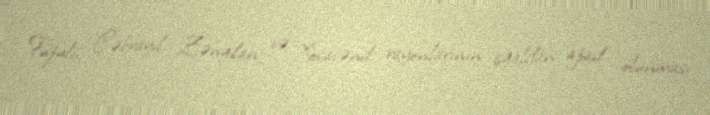
Füzuli, Cəbrayıl, Zəngilan və Xocavənd rayonlarının işğaldan azad olunması